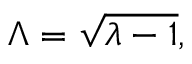
\Lambda = \sqrt { \lambda - 1 } ,